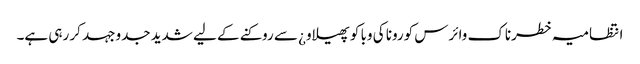
انتظامیہ خطرناک وائرس کورونا کی وبا کو پھیلاو¿ سے روکنے کے لیے شدید جدوجہد کر رہی ہے۔